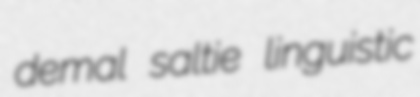
demal saltie linguistic